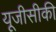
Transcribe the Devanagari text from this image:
यूजीसीकी